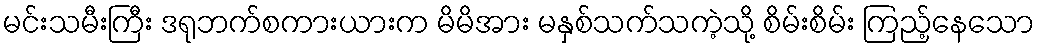
မင်းသမီးကြီး ဒရုဘက်စကားယားက မိမိအား မနှစ်သက်သကဲ့သို့ စိမ်းစိမ်း ကြည့်နေသော